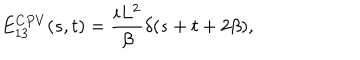
E _ { 1 3 } ^ { C P V } ( s , t ) = { \frac { i L ^ { 2 } } { \beta } } \delta ( s + t + 2 \beta ) ,